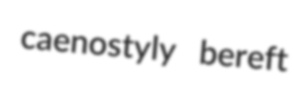
caenostyly bereft